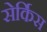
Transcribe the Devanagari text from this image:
सेर्किस